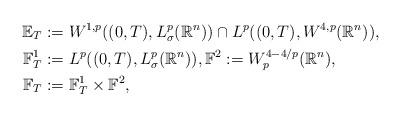
LaTeX: \begin{align*} \mathbb{E}_T &:= W^{1,p}((0,T),L^p_\sigma(\mathbb{R}^n)) \cap L^p((0,T),W^{4,p}(\mathbb{R}^n)), \\ \mathbb{F}_T^1 &:= L^p((0,T),L^p_\sigma(\mathbb{R}^n)), \mathbb{F}^2 := W^{4-4/p}_p(\mathbb{R}^n),\\ \mathbb{F}_T&:=\mathbb{F}^1_T\times\mathbb{F}^2,\end{align*}